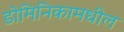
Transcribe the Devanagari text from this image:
डोमिनिकामधील